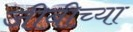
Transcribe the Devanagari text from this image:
जीबीच्या